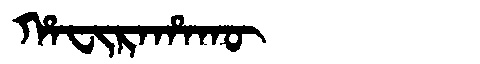
Manchu: ᡥᠠᠸᡳᡵᠠᡥᠠᡴᡡ
Romanization: HAFIRAHAKŪ